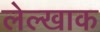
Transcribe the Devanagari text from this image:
लेल्खाक